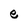
Character: e